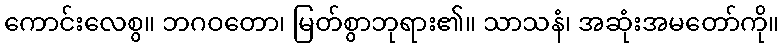
ကောင်းလေစွ။ ဘဂဝတော၊ မြတ်စွာဘုရား၏။ သာသနံ၊ အဆုံးအမတော်ကို။